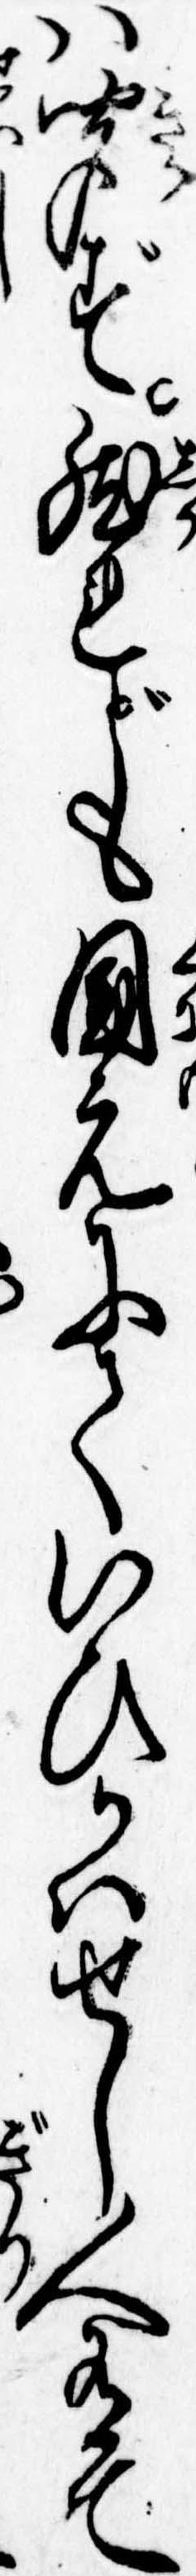
は聞ず然れども国元にていひかはせし人有て